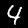
Label: 4